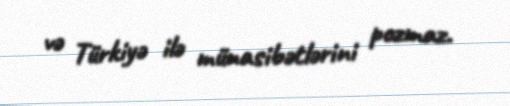
və Türkiyə ilə münasibətlərini pozmaz.